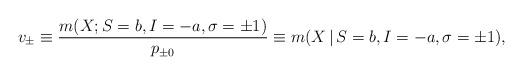
LaTeX: \begin{align*}v_{\pm} \equiv \frac{m(X; S=b,I=-a,\sigma = \pm 1)}{p_{\pm 0} }\equiv m(X \, \vert \, S=b,I=-a,\sigma = \pm 1),\end{align*}